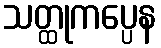
သတ္ထုကပ္ပေန